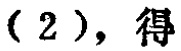
（2），得